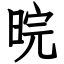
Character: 晥